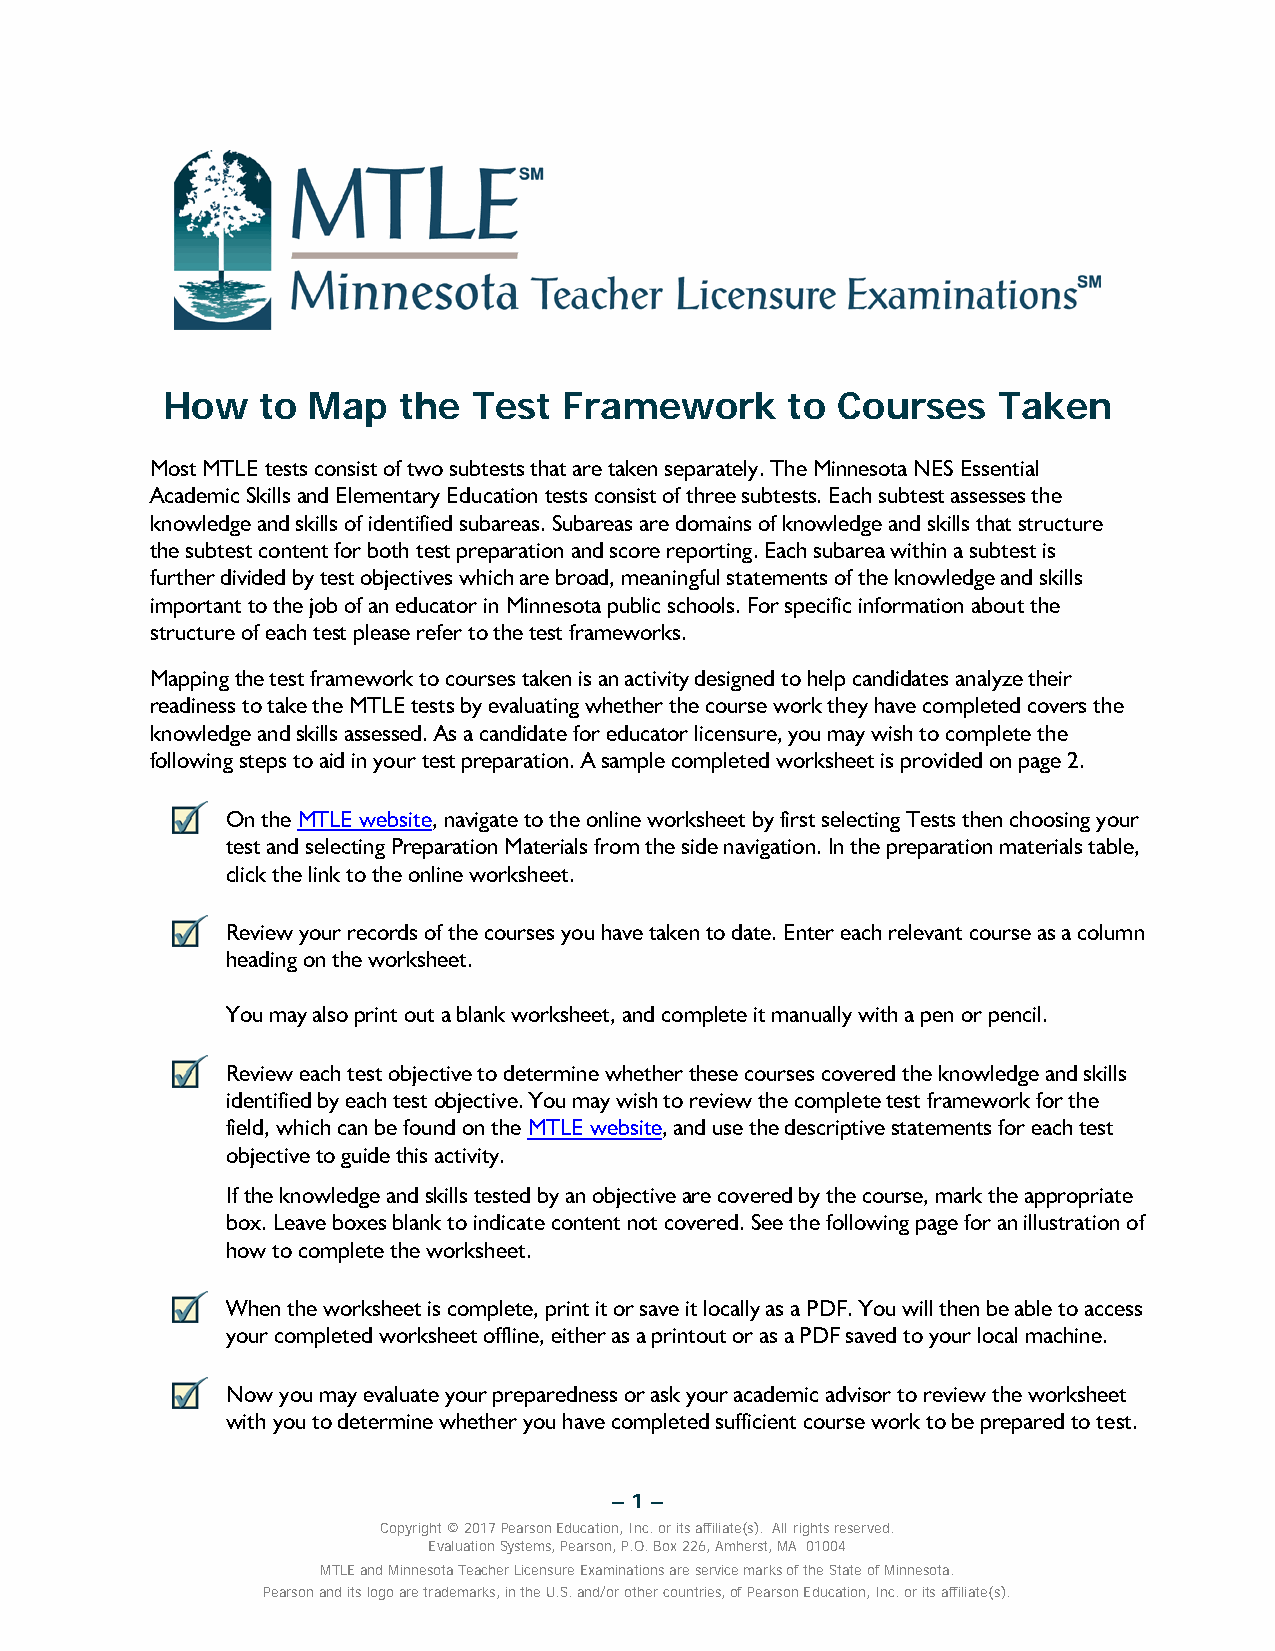
How   to Map   the  Test  Framework      to Courses    Taken
 Most MTLE tests consist of two subtests that are taken separately. The Minnesota NES Essential
 Academic Skills and Elementary Education tests consist of three subtests. Each subtest assesses the
 knowledge and skills of identified subareas. Subareas are domains of knowledge and skills that structure
 the subtest content for both test preparation and score reporting. Each subarea within a subtest is
 further divided by test objectives which are broad, meaningful statements of the knowledge and skills
 important to the job of an educator in Minnesota public schools. For specific information about the
 structure of each test please refer to the test frameworks.
 Mapping the test framework to courses taken is an activity designed to help candidates analyze their
 readiness to take the MTLE tests by evaluating whether the course work they have completed covers the
 knowledge and skills assessed. As a candidate for educator licensure, you may wish to complete the
 following steps to aid in your test preparation. A sample completed worksheet is provided on page 2.
 On the MTLE website, navigate to the online worksheet by first selecting Tests then choosing your
 test and selecting Preparation Materials from the side navigation. In the preparation materials table,
 click the link to the online worksheet.
 Review your records of the courses you have taken to date. Enter each relevant course as a column
 heading on the worksheet.
 You may also print out a blank worksheet, and complete it manually with a pen or pencil.
 Review each test objective to determine whether these courses covered the knowledge and skills
 identified by each test objective. You may wish to review the complete test framework for the
 field, which can be found on the MTLE website, and use the descriptive statements for each test
 objective to guide this activity.
 If the knowledge and skills tested by an objective are covered by the course, mark the appropriate
 box. Leave boxes blank to indicate content not covered. See the following page for an illustration of
 how to complete the worksheet.
 When the worksheet is complete, print it or save it locally as a PDF. You will then be able to access
 your completed worksheet offline, either as a printout or as a PDF saved to your local machine.
 Now you may evaluate your preparedness or ask your academic advisor to review the worksheet
 with you to determine whether you have completed sufficient course work to be prepared to test.
 – 1 –
 Copyright © 2017 Pearson Education, Inc. or its affiliate(s). All rights reserved.
 Evaluation Systems, Pearson, P.O. Box 226, Amherst, MA 01004
 MTLE and Minnesota Teacher Licensure Examinations are service marks of the State of Minnesota.
 Pearson and its logo are trademarks, in the U.S. and/or other countries, of Pearson Education, Inc. or its affiliate(s).